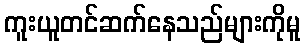
ကူးယူတင်ဆက်နေသည်များကိုမူ